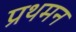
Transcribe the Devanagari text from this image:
प्रथमन